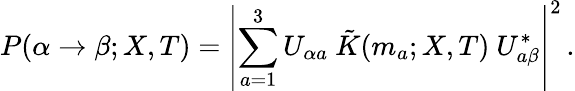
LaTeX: P(\alpha\rightarrow\beta;X,T)=\left|\sum_{a=1}^{3}U_{\alpha a}\ \tilde{K}(m_{a};X,T)\ U_{a\beta}^{*}\right|^{2}\, .